Civil Veterinary Department. United Provinces 1923-31 - 1923-1931
Year: 1923
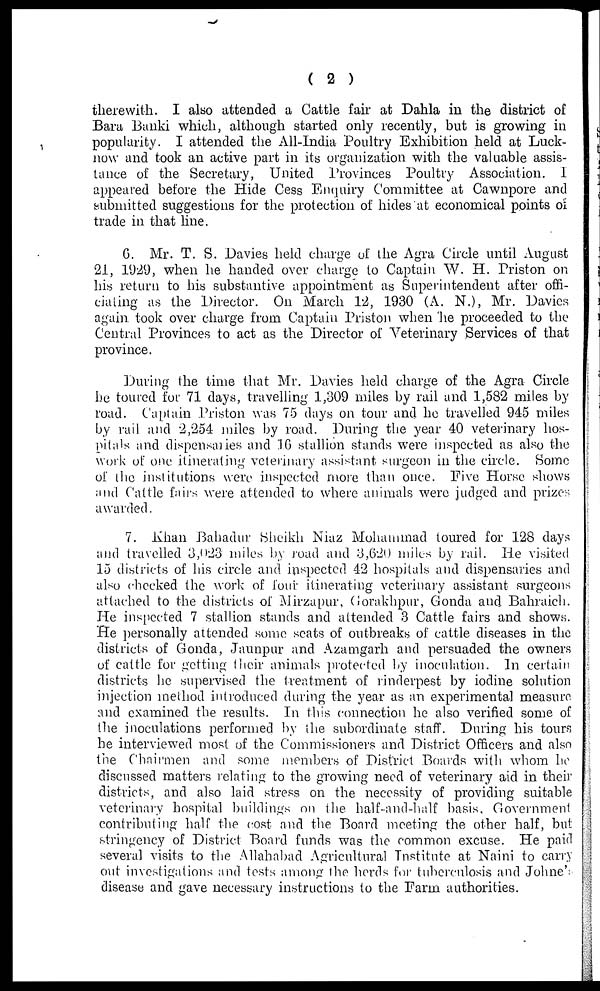
(2)
therewith. I also attended a Cattle fair at Dahla in the district of
Bara Banki which, although started only recently, but is growing in
popularity. I attended the All-India Poultry Exhibition held at Luck-
now and took an active part in its organization with the valuable assis-
tance of the Secretary, United Provinces Poultry Association. I
appeared before the Hide Cess Enquiry Committee at Cawnpore and
submitted suggestions for the protection of hides at economical points of
trade in that line.
G. Mr. T. S. Davies held charge of the Agra Circle until August
21, 1929, when he handed over charge to Captain W. H. Priston on
his return to his substantive appointment as Superintendent after offi-
ciating as the Director. On March P2, 1930 (A. N.), Mr. Davies
again took over charge from Captain Priston when he proceeded to the
Central Provinces to act as the Director of Veterinary Services of that
province.
During the time that Mr. Davies held charge of the Agra Circle
he toured for 71 days, travelling 1,309 miles by rail and 1,582 miles by
road. Captain Priston was 75 days on tour and he travelled 945 miles
by rail and 2,254 miles by road. During the year 40 veterinary hos-
pitals and dispensaries and 16 stallion stands were inspected as also the
work of one itinerating veterinary assistant surgeon in the circle. Some
of the institutions were inspected more than once. Five Horse shows
and Cattle fairs were attended to where animals were judged and prizes
awarded.
7. Khan Bahadur Sheikh Niaz Mohammad toured for 128 days
and travelled 3,023 miles by road and 3,620 miles by rail. He visited
15 districts of his circle and inspected 42 hospitals and dispensaries and
also checked the work of four itinerating veterinary assistant surgeons
attached to the districts of Mirzapur, Gorakhpur, Gonda and Bahraich.
He inspected 7 stallion stands and attended 3 Cattle fairs and shows.
He personally attended some scats of outbreaks of cattle diseases in the
districts of Gonda, Jaunpur and Azamgarh and persuaded the owners
of cattle for getting their animals protected by inoculation. In certain
districts he supervised the treatment of rinderpest by iodine solution
injection method introduced during the year as an experimental measure
and examined the results. In this connection he also verified some of
the inoculations performed by the subordinate staff. During his tours
he interviewed most of the Commissioners and District Officers and also
the Chairmen and some members of District Boards with whom he
discussed matters relating to the growing need of veterinary aid in their
districts, and also laid stress on the necessity of providing suitable
veterinary hospital buildings on the half-and-half basis. Government
contributing half the cost and the Board meeting the other half, but
stringency of District Board funds was the common excuse. He paid
several visits to the Allahabad Agricultural Institute at Naini to carry
out investigations and tests among the herds for tuberculosis and Johne's
disease and gave necessary instructions to the Farm authorities.